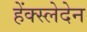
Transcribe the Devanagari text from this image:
हेंक्स्लेदेन